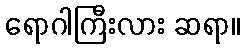
ရောဂါကြီးလား ဆရာ။